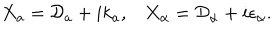
X _ { a } = { \cal D } _ { a } + i k _ { a } , \, \, \, \, \, X _ { \alpha } = { \cal D } _ { \alpha } + i \epsilon _ { \alpha } .